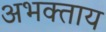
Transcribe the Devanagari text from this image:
अभक्ताय